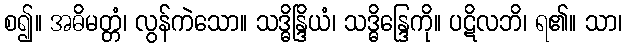
စ၍။ အဓိမတ္တံ၊ လွန်ကဲသော။ သဒ္ဓိန္ဒြိယံ၊ သဒ္ဓိန္ဒြေကို။ ပဋိလဘိ၊ ရ၏။ သာ၊